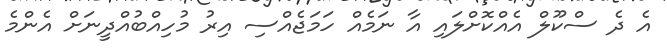
އެ ދެ ސްކޫލް އެއްކޮށްލައި އާ ނަމެއް ހަމަޖެއްސި އިރު މުހިއްބުއްދީނަށް އެންމެ